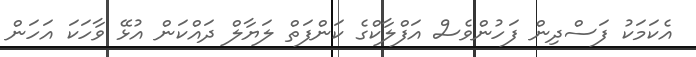
އެކަމަކު ފަސްދިން ފަހުންވެސް އަފްލާކްގެ ކަންފަތް ލަޔާލް ދައްކަން އުޅޭ ވާހަކަ އަހަން